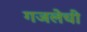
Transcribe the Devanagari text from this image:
गजलेची